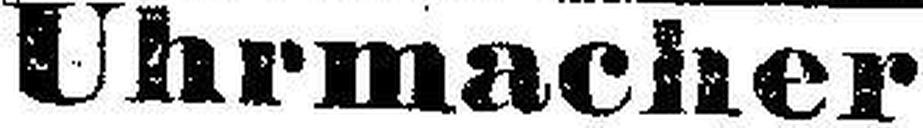
Uhrmacher